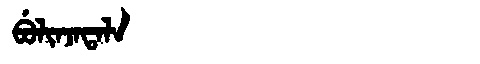
Manchu: ᠪᡠᠯᡳᠨᠵᠠᡨᠠᠯᠠ
Romanization: BULINJATALA